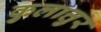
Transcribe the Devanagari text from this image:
कुलात्तुर